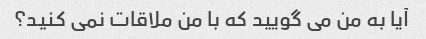
آیا به من می گویید که با من ملاقات نمی کنید؟